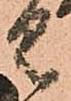
具